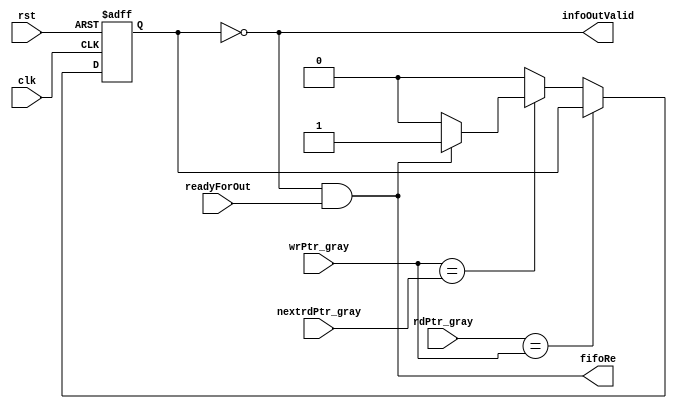
`timescale 1ns / 1ns
///////////////////////////////////////////////////////////////////////////////////////////////////
// Company: MICROSEMI
//
// IP Core: COREAXI4INTERCONNECT
//
//  Description  : The AMBA AXI4 Interconnect core connects one or more AXI memory-mapped master devices to one or
//                 more memory-mapped slave devices. The AMBA AXI protocol supports high-performance, high-frequency
//                 system designs.
//
//  COPYRIGHT 2017 BY MICROSEMI 
//  THE INFORMATION CONTAINED IN THIS DOCUMENT IS SUBJECT TO LICENSING RESTRICTIONS 
//  FROM MICROSEMI CORP.  IF YOU ARE NOT IN POSSESSION OF WRITTEN AUTHORIZATION FROM 
//  MICROSEMI FOR USE OF THIS FILE, THEN THE FILE SHOULD BE IMMEDIATELY DESTROYED AND 
//  NO BACK-UP OF THE FILE SHOULD BE MADE. 
//
//
/////////////////////////////////////////////////////////////////////////////////////////////////// 
 
module caxi4interconnect_CDC_rdCtrl (
                   //  input ports
                   clk,
                   rst,
                   rdPtr_gray,
                   wrPtr_gray,
                   nextrdPtr_gray,
                   readyForOut,
 
                   //  output ports
                   infoOutValid,
                   fifoRe
                   );
 
   parameter        ADDR_WIDTH       = 3;
//  input ports
   input            clk;
   wire             clk;
   input            rst;
   wire             rst;
   input     [ADDR_WIDTH - 1:0] rdPtr_gray;
   wire      [ADDR_WIDTH - 1:0] rdPtr_gray;
   input     [ADDR_WIDTH - 1:0] wrPtr_gray;
   wire      [ADDR_WIDTH - 1:0] wrPtr_gray;
   input     [ADDR_WIDTH - 1:0] nextrdPtr_gray;
   wire      [ADDR_WIDTH - 1:0] nextrdPtr_gray;
   input            readyForOut;
   wire             readyForOut;
//  output ports
   output           infoOutValid;
   wire             infoOutValid;
   output           fifoRe;
   wire             fifoRe;
//  local signals
   wire             ptrsEq_rdZone;
   wire             wrEqRdP1;
   reg              empty;
 
 
   always
      @( posedge clk or negedge rst )
   begin   :RdCtrl
 
      if (!rst)
      begin
         empty <= 1'b1;
      end
      else
      begin
         if (ptrsEq_rdZone)
         begin
         end
         else
         begin
            if (wrEqRdP1)
            begin
               if (fifoRe)
               begin
                  empty <= 1'b1;
               end
               else
               begin
                  empty <= 1'b0;
               end
            end
            else
            begin
               empty <= 1'b0;
            end
         end
      end
   end
 
   assign ptrsEq_rdZone = (rdPtr_gray == wrPtr_gray);
   assign wrEqRdP1 = (wrPtr_gray == nextrdPtr_gray);
 
   assign fifoRe = infoOutValid & readyForOut;
   assign infoOutValid = !empty;
 
 
endmodule